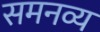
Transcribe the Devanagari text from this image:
समनव्य